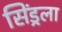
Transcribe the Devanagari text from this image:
सिंड्रला